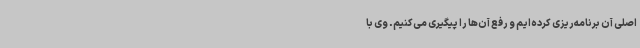
اصلی آن برنامه‌ریزی کرده‌ایم و رفع آن‌ها را پیگیری می‌کنیم. وی با